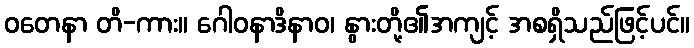
ဝတေနာ တိ-ကား။ ဂေါဝနာဒိနာဝ၊ နွားတို့၏အကျင့် အစရှိသည်ဖြင့်ပင်။